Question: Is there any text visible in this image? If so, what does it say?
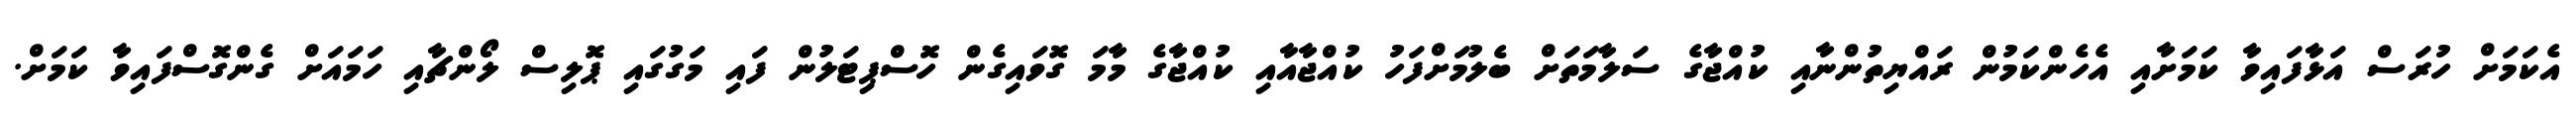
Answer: އެކަމަށް ހުރަސް އަޅާފައިވާ ކަމަށާއި އެހެންކަމުން ރައްޔިތުންނާއި ކުއްޖާގެ ސަލާމަތަށް ބެލުމަށްފަހު ކުއްޖާއާއި ކުއްޖާގެ މާމަ ގޮވައިގެން ހޮސްޕިޓަލުން ފައި މަގުގައި ޕޮލިސް ލޯންޗާއި ހަމައަށް ގެންގޮސްފައިވާ ކަމަށް.